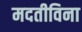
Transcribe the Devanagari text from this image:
मदतीविना